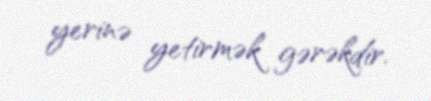
yerinə yetirmək gərəkdir.